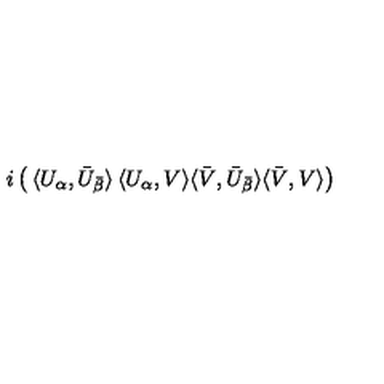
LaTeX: i \left( \begin{matrix} { \langle U _ { \alpha } , \bar { U } _ { \bar { \beta } } \rangle } & { \langle U _ { \alpha } , V \rangle } \\ { \langle \bar { V } , \bar { U } _ { \bar { \beta } } \rangle } & { \langle \bar { V } , V \rangle } \\ \end{matrix} \right)